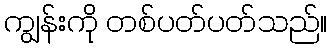
ကျွန်းကို တစ်ပတ်ပတ်သည်။